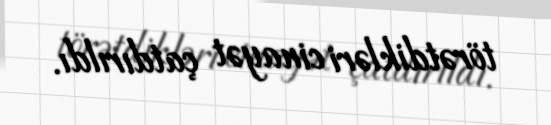
törətdikləri cinayət çatdırıldı.